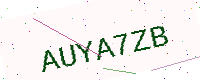
Text: AUYA7ZB